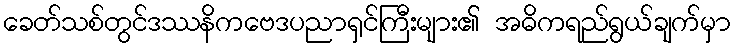
ခေတ်သစ်တွင်ဒဿနိကဗေဒပညာရှင်ကြီးများ၏ အဓိကရည်ရွယ်ချက်မှာ